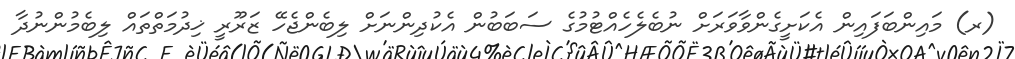
(ރ) މައިންބަފައިން އެކަށީގެންވާވަރަށް ނުބެލެހެއްޓުމުގެ ސަބަބުން އެކުދިންނަށް ލިބެންޖެހޭ ޒަރޫރީ ޚިދުމަތްތައް ލިބެމުންނުދާ